Vital statistics of India. Vol. IV, Annual returns from 1871 to 1876. British Army of India, Native Army and jails of Bengal
Year: 1871
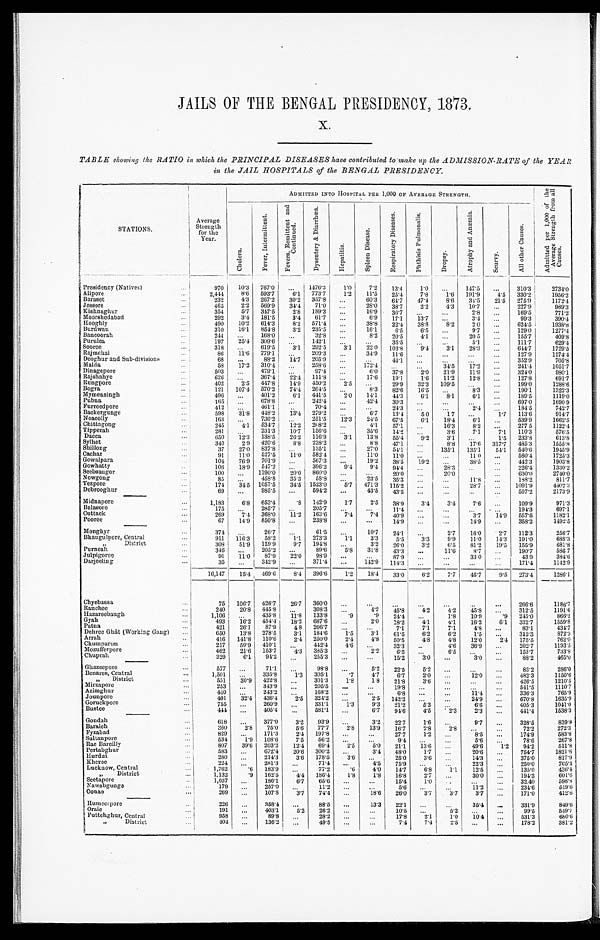
JAILS OF THE BENGAL PRESIDENCY, 1873.
X.
TABLE showing the RATIO in which the PRINCIPAL DISEASES have contributed to make up the ADMISSION-RATE of the YEAR
in the JAIL HOSPITALS of the BENGAL PRESIDENCY.
STATIONS.
Average
Strength
for the
Year.
ADMITTED INTO HOSPITAL PER 1,000 OF AVERAGE STRENGTH.
A d m i t t e d p e r 1 , 0 0 0 o f t h e A v e r a g e S t r e n g t h f r o m a l l C a u s e s .
C h o l e r a .
F e v e r , I n t e r m i t t e n t .
F e v e r s , R e m i t t e n t a n d C o n t i n u e d .
D y s e n t e r y & D i a r r h œ a .
H e p a t i t i s .
S p l e e n D i s e a s e .
R e s p i r a t o r y D i s e a s e s .
P h t h i s i s P u l m o n a l i s .
D r o p s y .
A t r o p h y a n d A n æ m i a .
S c u r v y .
A l l o t h e r C a u s e s .
Presidency (Natives) . . .
970
10.3
767.0
. . .
1476.3
1.0
7.2
13.4
1 . 0
. . .
147.5
. . .
310.3
2734.0
773.7
1.2
11.5
25.4
7.8
1 . 6
1 9 1 . 9
4.5
330.2
1956.2
Alipore . . .
2,444
8.6
593.7
6 . 1
. . .
60.3
64.7
47.4
8.6
34.5
21.5
275.9
1172.4
357.8
Baraset . . .
232
4.3
267.2
30.2
71.0
. . .
28.0
38.7
2.2
4.3
10.7
. . .
227.9
989.3
Jessore . . .
465
2.2
569.9
34.4
Kishnaghur . . .
354
5.7
347.5
2.8
189.3
. . .
16.9
36.7
. . .
. . .
2.8 . . .
169.5
771.2
61.7 . . .
6.9
17.1
13.7
. . . 3.4
. . .
99.3
390.4
Moorshedabad . . .
292
3.4
181.5
3.4
571.4 . . .
38.8
22.4
38.8
8 . 2
2 . 0
. . .
624.5
1938.8
Hooghy . . .
490
10.2
614.3
8.2
235.5
. . .
16.1
6.5
6.5
. . .
9.7
. . .
129.0
1277.4
Burdwan . . .
310
16.1
854.8
3.2
. . .
8.2
20.5
4.1
. . .
20 5
. . .
155.7
409.8
32.8
Bancoorah . . .
244
. . .
168.0
. . .
142.1
. . .
. . .
3 5 . 5 . . .
. . .
5.1
. . .
111.7
629.4
Purulea . . .
197
25.4
309.6
. . .
292.5
3.1
22.0
1 0 3 . 8
9.4
3.1
28.3 . . .
644.7
1729.5
Sooree . . .
318
. . .
619.5
3.1
209.3
. . .
34.9
11.6
. . .
. . .
. . . . . .
127.9
1174.4
Rajmehal . . .
86
11.6
779.1
. . .
Deoghur and Sub-divisions . . .
68
. . .
88.2
14.7
205.9 . . .
. . .
44.1
. . .
. . .
. . .
. . .
352.9
705.8
Malda . . .
58
17.2
310.4
. . .
258.6
. . .
172.4
. . .
. . .
34.5
17.2
. . .
241.4
1051.7
Dinagepore . . .
503
. . .
479.1
. . .
97.4
. . .
6.0
37.8
2.0
21.9
11.9
. . .
324.0
980.1
. . .
17.6
19.1
1.6
11.2
12 8
. . .
127.8
691.7
Rajshahye . . .
626
. . .
367.4
22.4
111.8
450.2
2.5
. . .
29.9
32.3
109.5
. . .
. . .
199.0
1288.6
Rungpore . . .
402
2.5
447.8
14.9
. . .
8.3
82.6
16.5
. . .
8.3
. . .
190.1
1322.3
264.5
Bogra . . .
121
107.4
570.2
74.4
441.5
2.0
14.1
44.3
6.1
8.1
6.1
. . .
189.5
1119.0
Mymensingh . . .
496
. . .
401.2
6.1
242.4
. . .
42.4
30.3
. . .
. . .
. . . . . .
697.0
1690 9
Pubna . . .
165
. . .
678.8
. . .
. . .
. . .
24.3
. . .
. . .
2.4 . . .
184.5
742.7
70.4
F u r r e e d p o r e . . .
412
. . .
461.1
. . .
279.2
. . .
6.7
13.4
5 0
1 7
. . .
1.7
113.6
914.7
Backergunge . . .
598
31.8
448.2
13.4
251.5
12.3
24.5
67.5
6.1
18.4
6.1
. . . 539.9
1662.5
Noacolly . . .
163
. . .
736.2
. . .
208.2
. . .
4.1
57.1
. . .
16.3
8.2
. . . 277 5
1122.4
Chittagong . . .
245
4.1
534.7
12.2
Tipperah . . .
281
. . .
231.3
10.7
156.6 . . .
35.6
14.2
. . .
3.6
7.1
7.1
110.3
576.5
3 . 1
13.8
55.4
9.2
3.1
. . .
1.5
233.8
613.8
116.9
Dacca . . .
650
12.3
138.5
26.2
. . .
8.8
47.1
. . .
8.8 17.6
317.7
485.3
1555.8
238.2
Sylhet . . .
340
2.9
420.6
8.8
135.1
54.1
540.6
1945.9
Shillong . . .
37
27.0
837.8
. . . 135.1
. . .
27.0
54.1
. . .
135.1
. . . 560.4
1725.3
11 0
Cachar . . .
91
11.0
527.5
11.0
582.4
. . .
11.0
11.0
. . .
. . .
. . .
442.3
1903.8
38.5
Gowalpara . . .
104
76.9
701.9
. . . 567.3
. . .
19.2
38.5
19.2
. . .
Gowhatty . . .
106
18.9
547.2
. . . 396.2
9.4
9.4
94.4
. . .
28.3
. . .
. . . 226.4
1330.2
Seebsaugor . . .
100
. . .
1190.0
20.0
860.0
. . .
. . .
20.0 . . .
20.0
. . .
630.0
2740.0
Nowgong . . .
85
. . .
458.8
35.3
58.8
. . .
23.5
35.3 . . .
. . .
11.8
. . . 188.2
811.7
5 .7
471.3
115.2
. . .
. . .
28.7 . . .
1091.9
4402.3
Tezpore . . .
174
34.5
1057.5
34.5
1523.0
. . .
43.5
43.5
. . . . . .
. . .
. . .
507.2
2173.9
594.2
Debrooghur . . .
69
. . .
985.5
. . .
Midnapore . . .
1,183
6.8
653.4
.8
142.9
1.7
2.5
38.9
3.4
3.4
7.6
. . . 109.9
971.3
. . .
. . .
11.4
. . .
. . .
. . .
. . .
194.3
697.1
205.7
Balasore . . .
175
. . .
285.7
. . .
14.9
557.6
1182.1
3.7
Cuttack . . .
269
7.4
368.0
11.2
163.6
7.4
7.4
40.9
. . .
. . .
14.9
. . . 358.2
1492.5
Pooree . . .
67
14.9
850.8
. . . 238.8
. . .
. . .
14.9 . . .
. . .
Monghyr . . .
374
. . .
26.7
. . .
61.5
. . .
10.7
24.1
. . .
2.7
16.0
2.7
112.3
256.7
273.3
l.1
3.3
5.5
3.3
9.9
11.0
14.3
191.0
688.3
Bhaugulpore, Central . . .
911
116.3
58.2
1.1
3.2
26.0
3.2
6.5
81.2
19.5
155.9
681.8
" District . . .
308
51.9
129.9
9.7
194.8
. . .
31.8
43.3
. . .
11.6
8.7
. . . 190.7
586 7
Purneah . . .
346
. . .
205.2
. . .
89.6
5.8
. . .
43 9
384.6
33.0
Julpigoree . . .
91
11.0
87.9
22.0
98.9
. . .
. . .
87.9 . . .
. . .
171.4
1142.9
Darjeeling . . .
35
. . .
342.9
. . . 371.4
. . .
142.9
114.3 . . .
. . . . . .
. . .
16,147
15.4
469.6
8.4
396.6
1.2
18.4
33.0
6.2
7.7
46.7
9.5
273.4
1286.1
Chyebassa . . .
75
106.7 426.7
26.7
360.0
. . .
. . .
. . .
. . .
. . .
. . .
. . .
266.6
1186.7
312.5
1191.6
Ranchee . . .
240
20.8
4 4 5 . 8
. . .
3 0 8 . 3 . . .
4.2
45.8
4.2
4.2
4 5 . 8
. . .
Hazareebaugh . . .
1,106
. . .
435.8
11.8
133.8
. 9
. 9
24.4
. . .
1.8
10.9
.9
245.0
866.2
Gyah . . .
493
16.2
454.4
18.2
687.6
. . .
2.0
18.2
4.1
4.1
16.2
6.1
332.7
1559.8
P a t n a . . . 421
26.1
87.9
4 8
206.7
. . .
. . .
7.1
7.1
7.1
4.8
. . .
83.1
434.7
Dehree Ghât (Working Gang) . . .
650
13.8
278.5
3.1
184.6
1.5
3.1
61.5
6.2
6.2
1.5
. . .
312.3
872.3
Arrah . . .
416
141.8
110.6
2.4
250.0
2 . 4 4.8
50.5
4.8
4.8
12.0
2.4
175.5
762.0
Chumparun . . .
217
59.9
410.1
. . .
442.4
4.6
. . .
32.3
. . .
4.6
36.9 . . .
202.7
1193.5
Mozufferpore . . .
462
21.6
153.7
4.3
385.3
. . .
2.2
6.5
. . .
6.5
. . . . . .
153.7
733.8
Chuprah . . .
329
6.1
94.2
. . .
255.3
. . .
. . .
15.2
3.0
. . .
3.0
. . .
88.2
465.0
Ghazeepore . . .
577
. . . 71.1
. . . 98.8
. . .
5.2
22.5
5.2
. . .
. . .
. . .
83.2
286.0
12.0
. . .
482.3
1150.6
Benares, Central . . .
1,501
. . .
335.8
1.3
305.1
.7
4.7
6.7
2.0
. . .
426.5
1210.5
. . .
" District . . .
5 5 1 30.9
422.8
. . .
301.3
1 . 8 1 8
21.8
3.6
. . .
. . .
1110.7
541.5
Mirzapore . . .
253
. . .
343.9
. . .
205.5
. . .
. . .
19.8
. . .
. . .
. . .
. . .
765.9
336.3
Azimghur . . .
4 4 0
. . .
243.2
. . .
168.2 . . .
. . .
6.8
. . .
. . .
11.4
. . .
1635.9
670.8
Jounpore . . .
401
32.4
436.4
2 . 5
324.2
. . .
2.5
142.2
. . . . . .
24.9
. . .
405.3
1041.0
6.6
Goruckpore . . .
755
. . .
260.9
. . .
331.1
1.3
9.3
21.2
5.3
. . .
. . .
1538.3
2.3
441.4
Bustee . . .
444
. . .
405.4
. . .
581.1
. . .
6.7
94.6
4.5
2.3
. . .
Gondah . . .
618
. . .
377.0
3.2
93.9
. . .
3.2
22.7
1.6
. . .
9.7
. . .
328.5
839.8
2 . 8 13.9
16.7
2.8
2.8
. . .
. . .
72.2
272.3
Baraich . . .
360
2.8
75.0
5.6
77.7
583.8
Fyzabad . . .
829
. . .
171.3
2.4
197.8
. . .
. . .
27.7
1.2
. . .
8.5
. . .
174.9
267.8
. . .
. . .
5.6
. . .
78.6
56.2
9.4
Sultanpore . . .
534
1.9
108.6
7.5
. . .
. . .
511.8
94.2
Rae Bareilly . . .
807
39.6
203.2
12.4
69.4
2.5
5.0
21.1
13.6
. . .
49.6
1.2
1821.6
754.7
20.6
300.2
Pertabghur . . .
583
. . .
672.4
20.6
. . .
3.4
48.0
1.7
. . .
. . .
817.9
375.0
14.3
Hurdui . . .
2 8 0
. . .
214.3
3.6
178.5
3.6
. . .
25.0
3.6 . . .
. . .
705.4
250.0
Kheree . . .
224
. . .
281.3
. . .
71.4
. . .
4.5
75.9
. . .
. . .
22.3
. . .
436.4
135.0
Lucknow, Central . . .
1,762
.6
183.9
. . .
77.2
.6
4.0
1 4 . 7
6.8
1.1
12.5
. . .
601.6
194.3
" District . . .
1,132
.9
162.5
4 . 4 186.4
1.8
1.8
16.8
2.7
. . .
30.0
. . .
598.8
32.40
6 . 7 65.6
. . .
. . . 15.4
1.0
. . .
. . .
. . .
Seetapore . . .
1,037
. . .
186.1
. . .
. . .
11.2
. . .
234.6
519.6
5.6
Nawabgunga . . .
179
. . .
257.0
. . .
11.2
. . .
. . .
74.4
. . . 18.6
26.0
3.7
3.7
3.7
. . .
171.0
412.6
3 . 7
Oonao . . .
269
. . .
107.8
H a m e e r p o r e . . .
226
. . .
358.4
. . .
88.5
. . . 13.3
22.1
. . .
. . .
35.4
. . .
331.9
849.6
. . .
5.2
. . .
. . .
99.5
549.7
10.5
Oraie . . .
191
. . .
403.1
5.2
26.2
. . .
. . .
2.1
1.0
10.4
. . .
531.3
680.6
17.8
Fut t chghur , Cent r al . . .
958
. . .
89.8
. . .
28.2
. . .
. . .
7.4
2.5
. . .
. . .
178.2
381.2
7.4
" District . . .
404
. . .
136.2
. . .
49.5
. . .
. . .